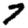
Digit: 7